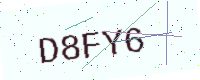
Text: D8FY6